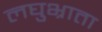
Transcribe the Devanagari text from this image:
लघुभ्राता